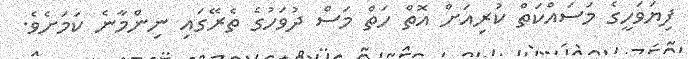
ފިޔަވަހީގެ މަސައްކަތް ކުރިއަށް އޮތް ހަތް މަސް ދުވަހުގެ ތެރޭގައި ނިންމާނެ ކަމަށެވެ.